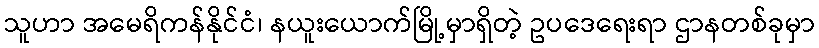
သူဟာ အမေရိကန်နိုင်ငံ၊ နယူးယောက်မြို့မှာရှိတဲ့ ဥပဒေရေးရာ ဌာနတစ်ခုမှာ